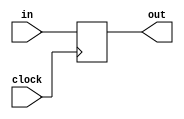
module chattering (
    input clock, in,
    output reg out 
);
    always @(posedge clock) begin
        out <= in;
    end
endmodule